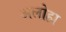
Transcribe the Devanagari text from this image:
अलोहा